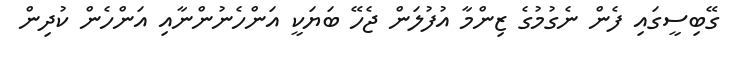
ގޭބިސީގައި ފެން ނެގުމުގެ ޒިންމާ އުފުލަން ޖެހޭ ބަޔަކީ އަންހެނުންނާއި އަންހެން ކުދިން